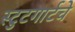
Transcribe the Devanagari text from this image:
स्टुटगार्टचे